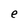
Character: e